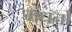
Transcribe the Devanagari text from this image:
मंधनों